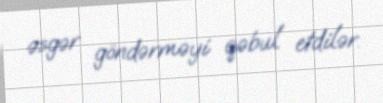
əsgər göndərməyi qəbul etdilər.